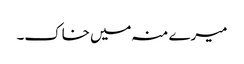
میرے منہ میں خاک۔